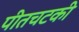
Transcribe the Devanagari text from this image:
पीतचटकी